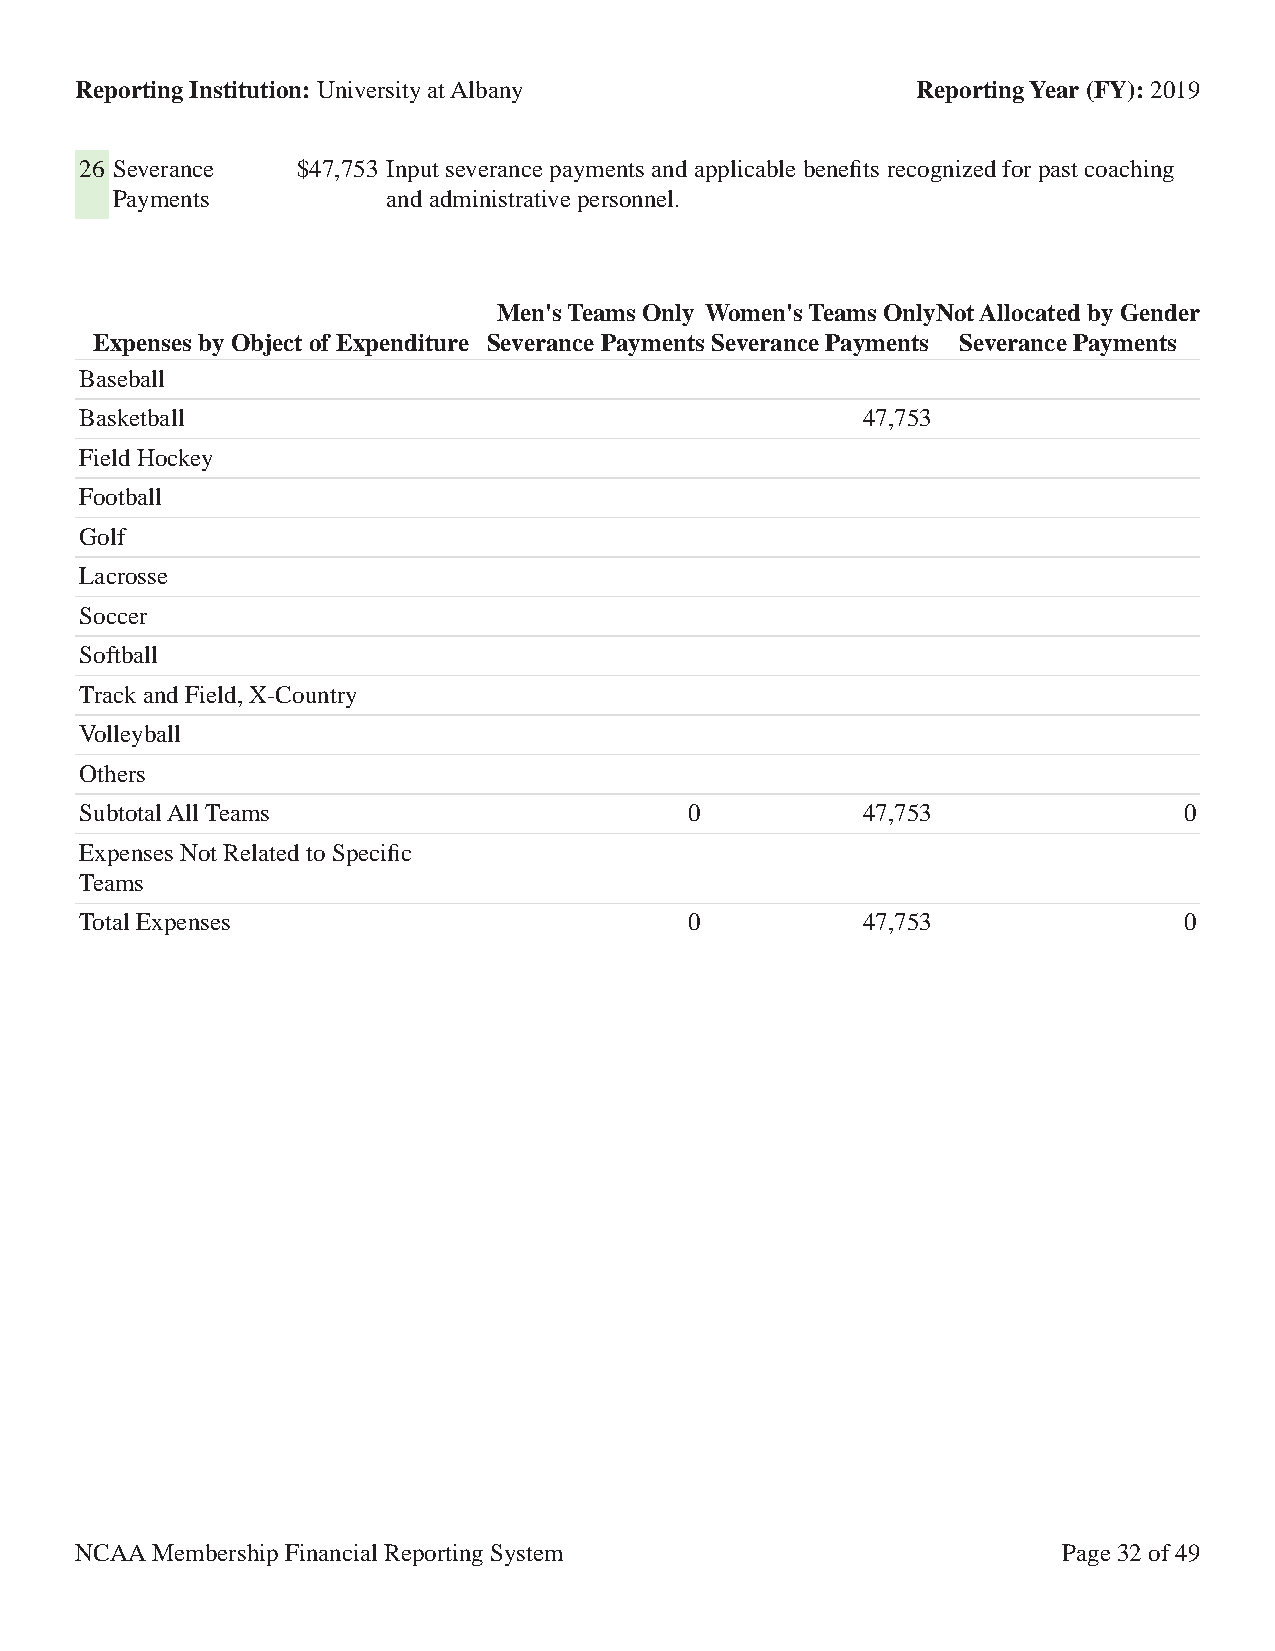
Reporting Institution: University at Albany             Reporting Year (FY): 2019
 26 Severance   $47,753 Input severance payments and applicable benefits recognized for past coaching
 Payments           and administrative personnel.
 Men's Teams Only Women's Teams OnlyNot Allocated by Gender
 Expenses by Object of Expenditure Severance Payments Severance Payments Severance Payments
 Baseball
 Basketball                                          47,753
 Field Hockey
 Football
 Golf
 Lacrosse
 Soccer
 Softball
 Track and Field, X-Country
 Volleyball
 Others
 Subtotal All Teams                       0          47,753               0
 Expenses Not Related to Specific
 Teams
 Total Expenses                           0          47,753               0
 NCAA Membership Financial Reporting System                       Page 32 of 49